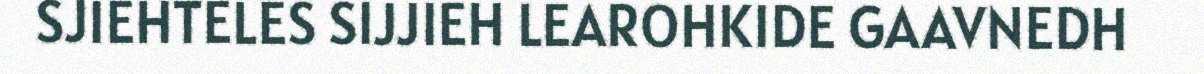
SJIEHTELES SIJJIEH LEAROHKIDE GAAVNEDH